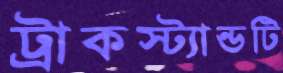
ট্রাকস্ট্যান্ডটি